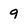
Character: 9